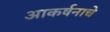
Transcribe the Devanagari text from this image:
आकर्षनाचे